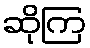
ဆိုကြ